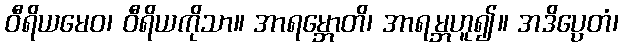
ဝီရိယမေဝ၊ ဝီရိယကိုသာ။ အာရမ္ဘောတိ၊ အာရမ္ဘဟူ၍။ အဒိပ္ပေတံ၊